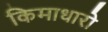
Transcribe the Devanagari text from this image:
किमाधारो